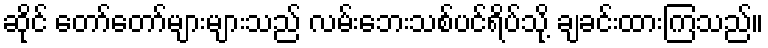
ဆိုင် တော်တော်များများသည် လမ်းဘေးသစ်ပင်ရိပ်သို့ ချခင်းထားကြသည်။